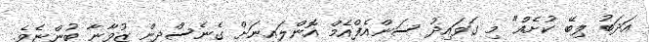
އަދަބު ލިބޭ ކުށެއް" މި ގަވައިދު ސަންއެފްއެމް އޮންލައިނަށް ގެނެސްދިން ޒުވާނާ ބުންޏެވެ.